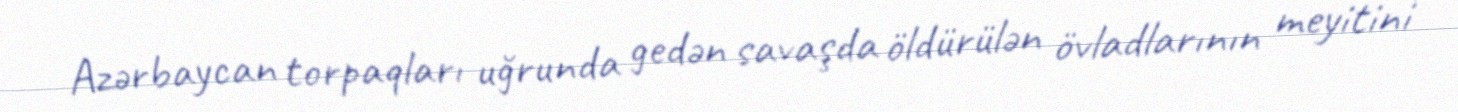
Azərbaycan torpaqları uğrunda gedən savaşda öldürülən övladlarının meyitini